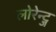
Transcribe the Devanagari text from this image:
लोरेन्ट्ज